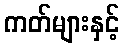
ကတ်များနှင့်